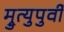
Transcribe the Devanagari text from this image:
म्रुत्युपुर्वी